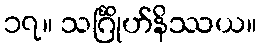
၁၇။ သင်္ဂြိုဟ်နိဿယ။